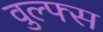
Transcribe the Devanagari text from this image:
वुल्फ्स